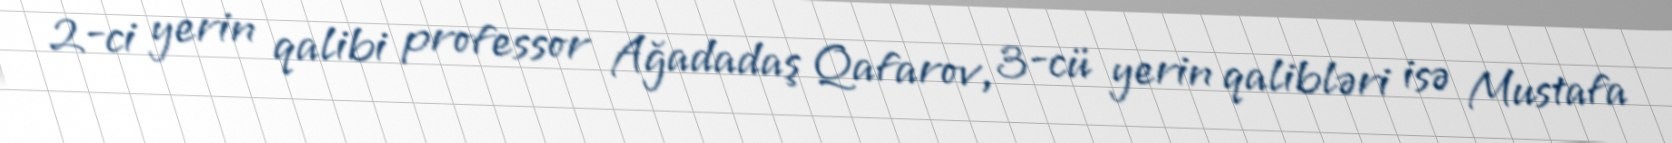
2-ci yerin qalibi professor Ağadadaş Qafarov, 3-cü yerin qalibləri isə Mustafa